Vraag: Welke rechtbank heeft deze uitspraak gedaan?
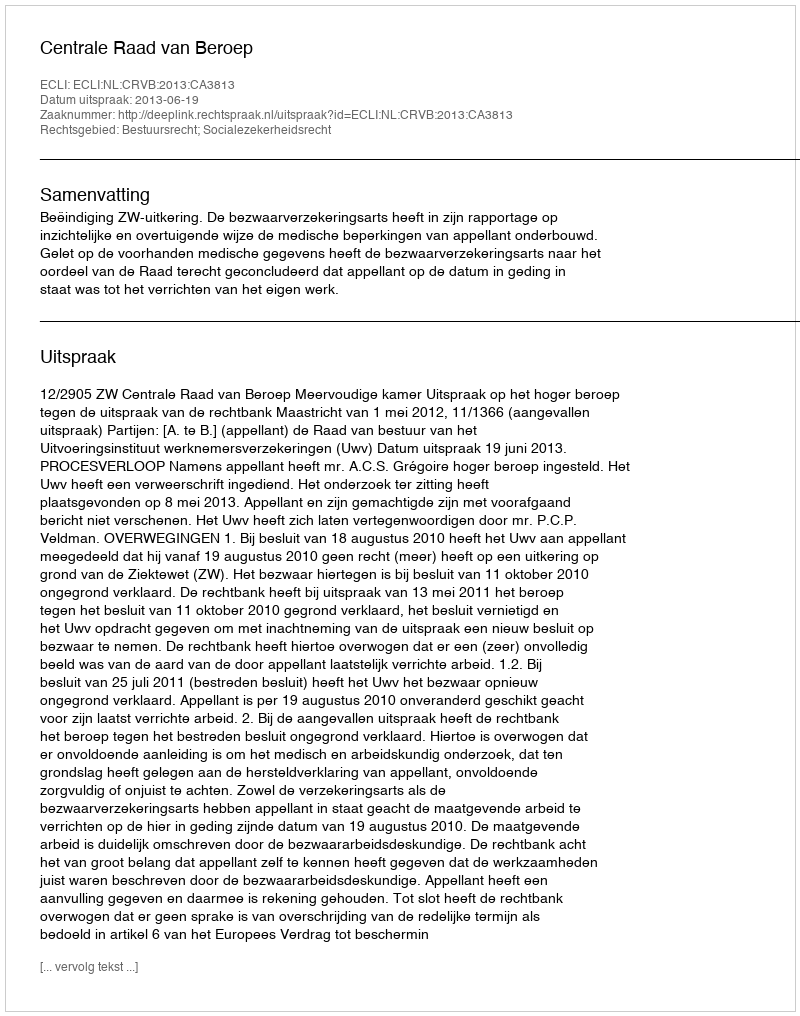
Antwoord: Centrale Raad van Beroep